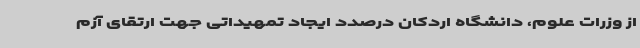
از وزرات علوم، دانشگاه اردکان درصدد ایجاد تمهیداتی جهت ارتقای آزم